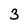
Character: 3